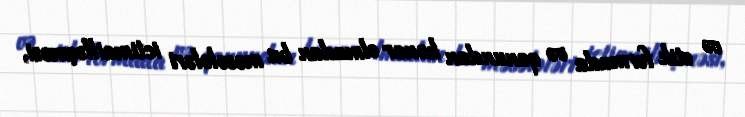
və etik formada və qanundan kənar olmadan bu məsələləri ictimailləşməsi,